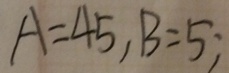
A = 4 5 , B = 5 ;